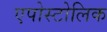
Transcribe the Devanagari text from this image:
एपोस्टोलिक